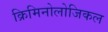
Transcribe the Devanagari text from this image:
क्रिमिनोलोजिकल